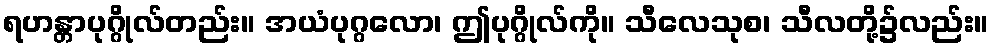
ရဟန္တာပုဂ္ဂိုလ်တည်း။ အယံပုဂ္ဂလော၊ ဤပုဂ္ဂိုလ်ကို။ သီလေသုစ၊ သီလတို့၌လည်း။